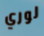
لوري